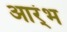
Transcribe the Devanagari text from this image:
आर्ंभ